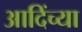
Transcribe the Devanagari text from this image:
आदिंच्या